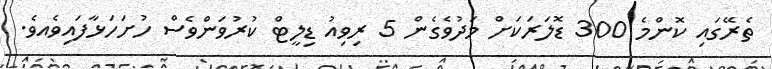
ތެރޭގައި ކޮންމެ 300 ޑޮލަރަކަށް މަދުވެގެން 5 ރިވިއު ޑިލީޓް ކުރުވަންވެސް ހުށަހަޅާފައިވެއވެެ.